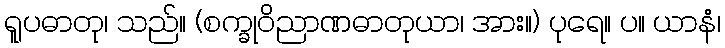
ရူပဓာတု၊ သည်။ (စက္ခုဝိညာဏဓာတုယာ၊ အား။) ပုရေ။ ပ။ ယာနံ၊